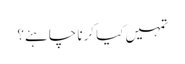
تمہیں کیا کرنا چاہئے؟